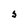
Character: s